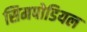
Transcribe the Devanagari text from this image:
सिमपोडियल